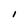
Character: l